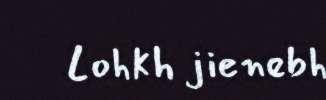
Lohkh jienebh